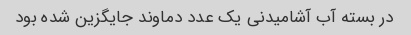
در بسته آب آشامیدنی یک عدد دماوند جایگزین شده بود